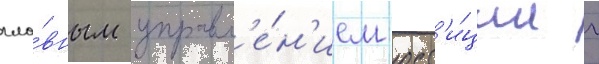
гла́вным управл'е́н'ием юст'и́ции г